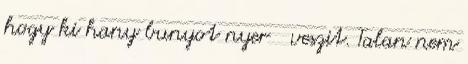
hogy ki hany bunyot nyer veszit. Talan nem